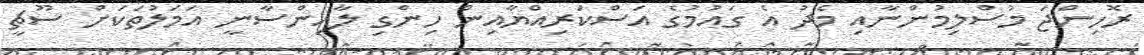
ރޮހިންޖަ މުސްލިމުންނާއި މެދު އެ ގައުމުގެ އަސްކަރިއްޔާއިން ހިންގި ލާއިންސާނީ އަމަލުތަކަށް ސޫޗީ